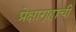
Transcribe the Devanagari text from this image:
प्रेक्षागृहाची